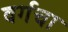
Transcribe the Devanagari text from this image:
वर्गचा